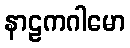
နာဠကဂါမော